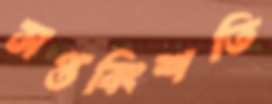
সপ্তবিংশতি